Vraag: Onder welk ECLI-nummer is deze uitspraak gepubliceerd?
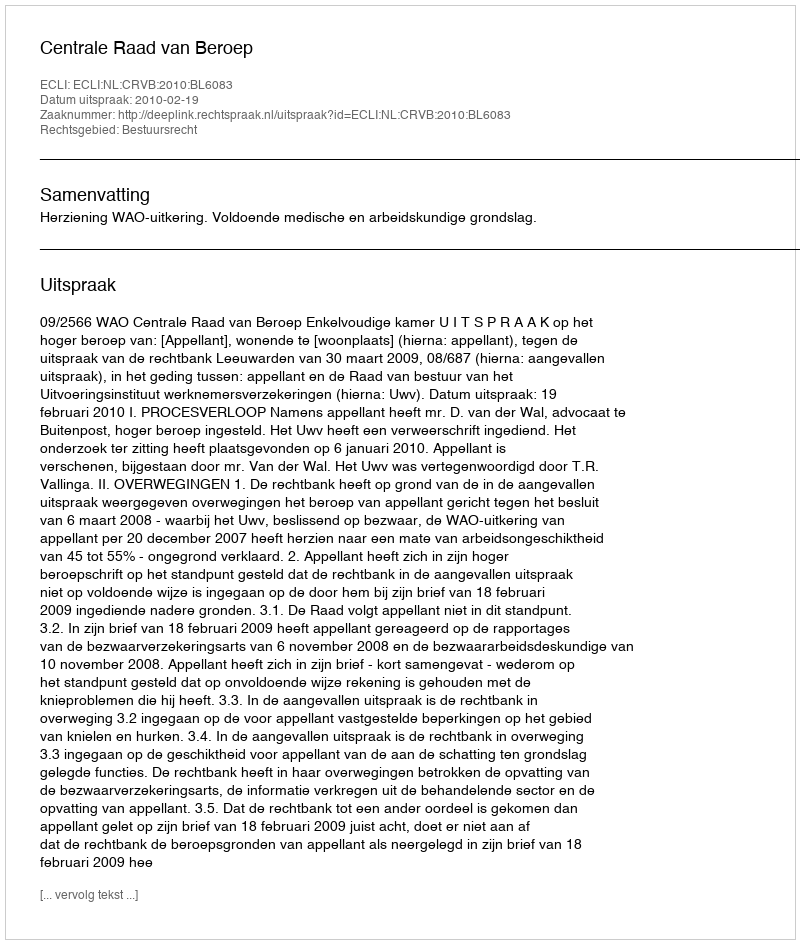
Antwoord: ECLI:NL:CRVB:2010:BL6083